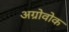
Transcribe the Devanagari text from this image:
अग्रोवोक